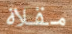
مقلاة